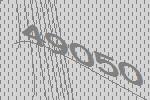
49050